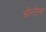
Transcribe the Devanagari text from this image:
ओल्टेना